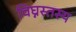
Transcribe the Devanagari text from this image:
विघ्नस्तस्य